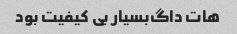
هات داگ‌بسیار بی کیفیت بود